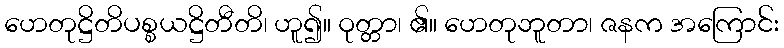
ဟေတုဋ္ဌိတိပစ္စယဋ္ဌိတီတိ၊ ဟူ၍။ ဝုတ္တာ၊ ၏။ ဟေတုဘူတာ၊ ဇနက အကြောင်း